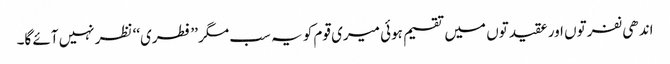
اندھی نفرتوں اور عقیدتوں میں تقسیم ہوئی میری قوم کو یہ سب مگر ’’فطری‘‘ نظر نہیں آئے گا۔